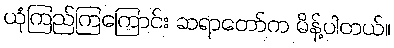
ယုံကြည်ကြကြောင်း ဆရာတော်က မိန့်ပါတယ်။